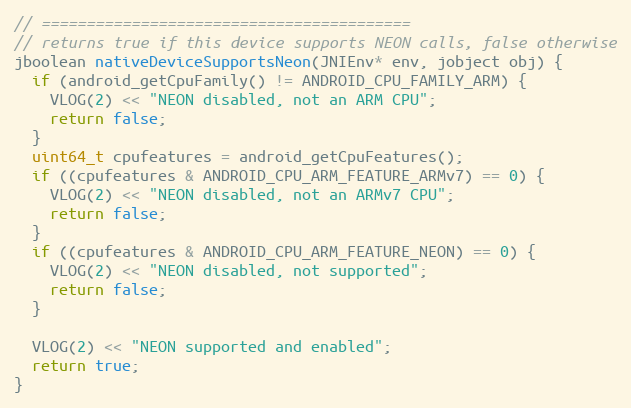
Language: C++
// =========================================
// returns true if this device supports NEON calls, false otherwise
jboolean nativeDeviceSupportsNeon(JNIEnv* env, jobject obj) {
  if (android_getCpuFamily() != ANDROID_CPU_FAMILY_ARM) {
    VLOG(2) << "NEON disabled, not an ARM CPU";
    return false;
  }
  uint64_t cpufeatures = android_getCpuFeatures();
  if ((cpufeatures & ANDROID_CPU_ARM_FEATURE_ARMv7) == 0) {
    VLOG(2) << "NEON disabled, not an ARMv7 CPU";
    return false;
  }
  if ((cpufeatures & ANDROID_CPU_ARM_FEATURE_NEON) == 0) {
    VLOG(2) << "NEON disabled, not supported";
    return false;
  }

  VLOG(2) << "NEON supported and enabled";
  return true;
}